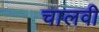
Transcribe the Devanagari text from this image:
चालवी